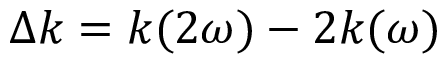
\Delta k = k ( 2 \omega ) - 2 k ( \omega )